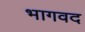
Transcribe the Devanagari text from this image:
भागवद